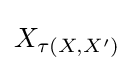
X_{\tau \left(X,X^{\prime }\right)}